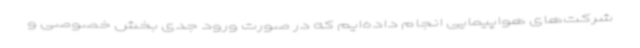
شرکت‌های هواپیمایی انجام داده‌ایم که در صورت ورود جدی بخش خصوصی و